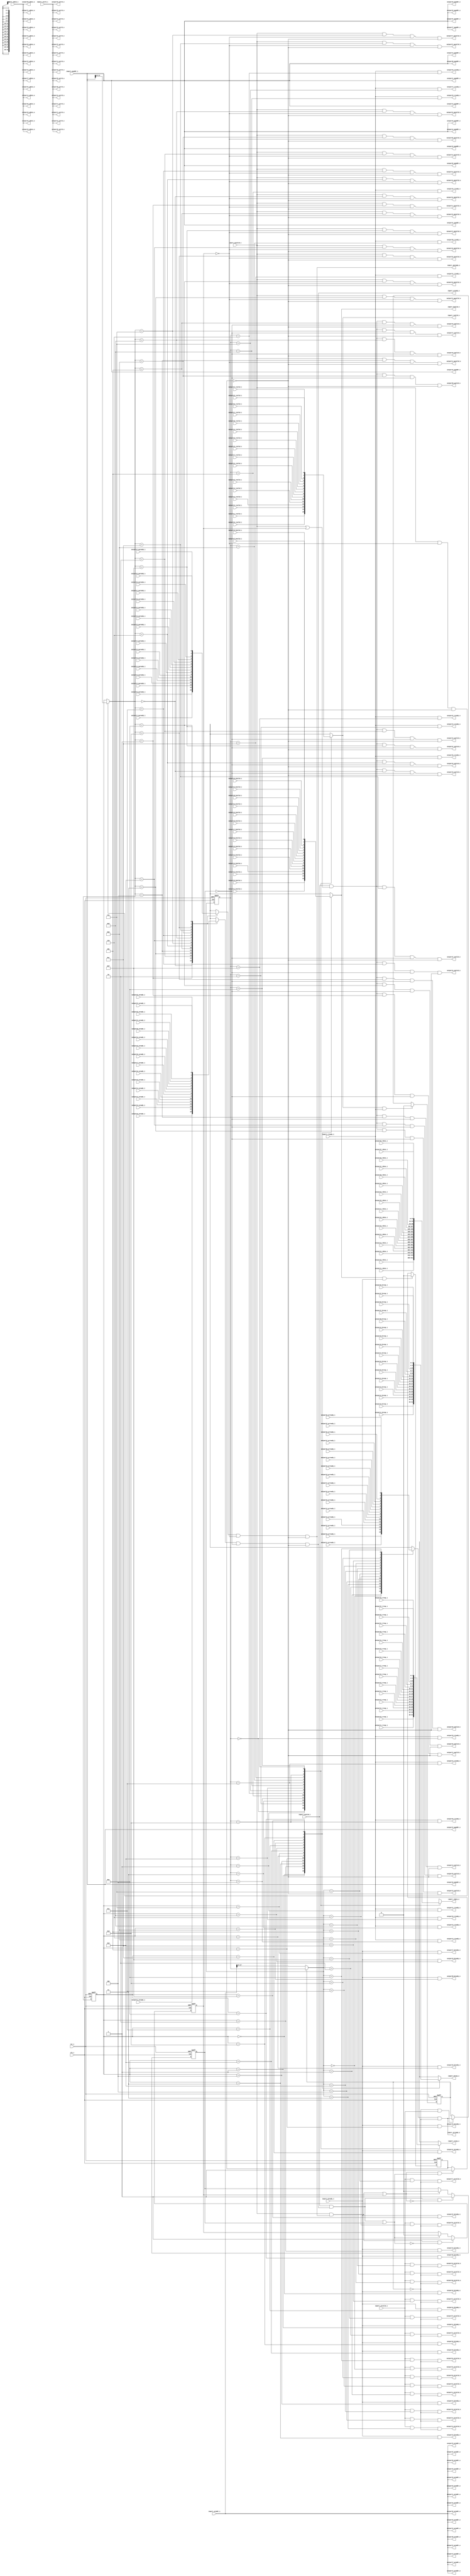
//-----------------------------------------------------------------
//                     Basic Peripheral SoC
//                           V1.1
//                     Ultra-Embedded.com
//                     Copyright 2014-2020
//
//
//                         License: GPL
// If you would like a version with a more permissive license for
// use in closed source commercial applications please contact me
// for details.
//-----------------------------------------------------------------
//
// This file is open source HDL; you can redistribute it and/or 
// modify it under the terms of the GNU General Public License as 
// published by the Free Software Foundation; either version 2 of 
// the License, or (at your option) any later version.
//
// This file is distributed in the hope that it will be useful,
// but WITHOUT ANY WARRANTY; without even the implied warranty of
// MERCHANTABILITY or FITNESS FOR A PARTICULAR PURPOSE.  See the
// GNU General Public License for more details.
//
// You should have received a copy of the GNU General Public 
// License along with this file; if not, write to the Free Software
// Foundation, Inc., 59 Temple Place, Suite 330, Boston, MA 02111-1307
// USA
//-----------------------------------------------------------------

//-----------------------------------------------------------------
//                          Generated File
//-----------------------------------------------------------------

module axi4lite_dist
(
    // Inputs
     input           clk_i
    ,input           rst_i
    ,input           inport_awvalid_i
    ,input  [ 31:0]  inport_awaddr_i
    ,input           inport_wvalid_i
    ,input  [ 31:0]  inport_wdata_i
    ,input  [  3:0]  inport_wstrb_i
    ,input           inport_bready_i
    ,input           inport_arvalid_i
    ,input  [ 31:0]  inport_araddr_i
    ,input           inport_rready_i
    ,input           outport0_awready_i
    ,input           outport0_wready_i
    ,input           outport0_bvalid_i
    ,input  [  1:0]  outport0_bresp_i
    ,input           outport0_arready_i
    ,input           outport0_rvalid_i
    ,input  [ 31:0]  outport0_rdata_i
    ,input  [  1:0]  outport0_rresp_i
    ,input           outport1_awready_i
    ,input           outport1_wready_i
    ,input           outport1_bvalid_i
    ,input  [  1:0]  outport1_bresp_i
    ,input           outport1_arready_i
    ,input           outport1_rvalid_i
    ,input  [ 31:0]  outport1_rdata_i
    ,input  [  1:0]  outport1_rresp_i
    ,input           outport2_awready_i
    ,input           outport2_wready_i
    ,input           outport2_bvalid_i
    ,input  [  1:0]  outport2_bresp_i
    ,input           outport2_arready_i
    ,input           outport2_rvalid_i
    ,input  [ 31:0]  outport2_rdata_i
    ,input  [  1:0]  outport2_rresp_i
    ,input           outport3_awready_i
    ,input           outport3_wready_i
    ,input           outport3_bvalid_i
    ,input  [  1:0]  outport3_bresp_i
    ,input           outport3_arready_i
    ,input           outport3_rvalid_i
    ,input  [ 31:0]  outport3_rdata_i
    ,input  [  1:0]  outport3_rresp_i
    ,input           outport4_awready_i
    ,input           outport4_wready_i
    ,input           outport4_bvalid_i
    ,input  [  1:0]  outport4_bresp_i
    ,input           outport4_arready_i
    ,input           outport4_rvalid_i
    ,input  [ 31:0]  outport4_rdata_i
    ,input  [  1:0]  outport4_rresp_i
    ,input           outport5_awready_i
    ,input           outport5_wready_i
    ,input           outport5_bvalid_i
    ,input  [  1:0]  outport5_bresp_i
    ,input           outport5_arready_i
    ,input           outport5_rvalid_i
    ,input  [ 31:0]  outport5_rdata_i
    ,input  [  1:0]  outport5_rresp_i
    ,input           outport6_awready_i
    ,input           outport6_wready_i
    ,input           outport6_bvalid_i
    ,input  [  1:0]  outport6_bresp_i
    ,input           outport6_arready_i
    ,input           outport6_rvalid_i
    ,input  [ 31:0]  outport6_rdata_i
    ,input  [  1:0]  outport6_rresp_i
    ,input           outport7_awready_i
    ,input           outport7_wready_i
    ,input           outport7_bvalid_i
    ,input  [  1:0]  outport7_bresp_i
    ,input           outport7_arready_i
    ,input           outport7_rvalid_i
    ,input  [ 31:0]  outport7_rdata_i
    ,input  [  1:0]  outport7_rresp_i
    ,input           outport8_awready_i
    ,input           outport8_wready_i
    ,input           outport8_bvalid_i
    ,input  [  1:0]  outport8_bresp_i
    ,input           outport8_arready_i
    ,input           outport8_rvalid_i
    ,input  [ 31:0]  outport8_rdata_i
    ,input  [  1:0]  outport8_rresp_i
    ,input           outport9_awready_i
    ,input           outport9_wready_i
    ,input           outport9_bvalid_i
    ,input  [  1:0]  outport9_bresp_i
    ,input           outport9_arready_i
    ,input           outport9_rvalid_i
    ,input  [ 31:0]  outport9_rdata_i
    ,input  [  1:0]  outport9_rresp_i
    ,input           outportA_awready_i
    ,input           outportA_wready_i
    ,input           outportA_bvalid_i
    ,input  [  1:0]  outportA_bresp_i
    ,input           outportA_arready_i
    ,input           outportA_rvalid_i
    ,input  [ 31:0]  outportA_rdata_i
    ,input  [  1:0]  outportA_rresp_i
    ,input           outportB_awready_i
    ,input           outportB_wready_i
    ,input           outportB_bvalid_i
    ,input  [  1:0]  outportB_bresp_i
    ,input           outportB_arready_i
    ,input           outportB_rvalid_i
    ,input  [ 31:0]  outportB_rdata_i
    ,input  [  1:0]  outportB_rresp_i
    ,input           outportC_awready_i
    ,input           outportC_wready_i
    ,input           outportC_bvalid_i
    ,input  [  1:0]  outportC_bresp_i
    ,input           outportC_arready_i
    ,input           outportC_rvalid_i
    ,input  [ 31:0]  outportC_rdata_i
    ,input  [  1:0]  outportC_rresp_i
    ,input           outportD_awready_i
    ,input           outportD_wready_i
    ,input           outportD_bvalid_i
    ,input  [  1:0]  outportD_bresp_i
    ,input           outportD_arready_i
    ,input           outportD_rvalid_i
    ,input  [ 31:0]  outportD_rdata_i
    ,input  [  1:0]  outportD_rresp_i
    ,input           outportE_awready_i
    ,input           outportE_wready_i
    ,input           outportE_bvalid_i
    ,input  [  1:0]  outportE_bresp_i
    ,input           outportE_arready_i
    ,input           outportE_rvalid_i
    ,input  [ 31:0]  outportE_rdata_i
    ,input  [  1:0]  outportE_rresp_i
    ,input           outportF_awready_i
    ,input           outportF_wready_i
    ,input           outportF_bvalid_i
    ,input  [  1:0]  outportF_bresp_i
    ,input           outportF_arready_i
    ,input           outportF_rvalid_i
    ,input  [ 31:0]  outportF_rdata_i
    ,input  [  1:0]  outportF_rresp_i

    // Outputs
    ,output          inport_awready_o
    ,output          inport_wready_o
    ,output          inport_bvalid_o
    ,output [  1:0]  inport_bresp_o
    ,output          inport_arready_o
    ,output          inport_rvalid_o
    ,output [ 31:0]  inport_rdata_o
    ,output [  1:0]  inport_rresp_o
    ,output          outport0_awvalid_o
    ,output [ 31:0]  outport0_awaddr_o
    ,output          outport0_wvalid_o
    ,output [ 31:0]  outport0_wdata_o
    ,output [  3:0]  outport0_wstrb_o
    ,output          outport0_bready_o
    ,output          outport0_arvalid_o
    ,output [ 31:0]  outport0_araddr_o
    ,output          outport0_rready_o
    ,output          outport1_awvalid_o
    ,output [ 31:0]  outport1_awaddr_o
    ,output          outport1_wvalid_o
    ,output [ 31:0]  outport1_wdata_o
    ,output [  3:0]  outport1_wstrb_o
    ,output          outport1_bready_o
    ,output          outport1_arvalid_o
    ,output [ 31:0]  outport1_araddr_o
    ,output          outport1_rready_o
    ,output          outport2_awvalid_o
    ,output [ 31:0]  outport2_awaddr_o
    ,output          outport2_wvalid_o
    ,output [ 31:0]  outport2_wdata_o
    ,output [  3:0]  outport2_wstrb_o
    ,output          outport2_bready_o
    ,output          outport2_arvalid_o
    ,output [ 31:0]  outport2_araddr_o
    ,output          outport2_rready_o
    ,output          outport3_awvalid_o
    ,output [ 31:0]  outport3_awaddr_o
    ,output          outport3_wvalid_o
    ,output [ 31:0]  outport3_wdata_o
    ,output [  3:0]  outport3_wstrb_o
    ,output          outport3_bready_o
    ,output          outport3_arvalid_o
    ,output [ 31:0]  outport3_araddr_o
    ,output          outport3_rready_o
    ,output          outport4_awvalid_o
    ,output [ 31:0]  outport4_awaddr_o
    ,output          outport4_wvalid_o
    ,output [ 31:0]  outport4_wdata_o
    ,output [  3:0]  outport4_wstrb_o
    ,output          outport4_bready_o
    ,output          outport4_arvalid_o
    ,output [ 31:0]  outport4_araddr_o
    ,output          outport4_rready_o
    ,output          outport5_awvalid_o
    ,output [ 31:0]  outport5_awaddr_o
    ,output          outport5_wvalid_o
    ,output [ 31:0]  outport5_wdata_o
    ,output [  3:0]  outport5_wstrb_o
    ,output          outport5_bready_o
    ,output          outport5_arvalid_o
    ,output [ 31:0]  outport5_araddr_o
    ,output          outport5_rready_o
    ,output          outport6_awvalid_o
    ,output [ 31:0]  outport6_awaddr_o
    ,output          outport6_wvalid_o
    ,output [ 31:0]  outport6_wdata_o
    ,output [  3:0]  outport6_wstrb_o
    ,output          outport6_bready_o
    ,output          outport6_arvalid_o
    ,output [ 31:0]  outport6_araddr_o
    ,output          outport6_rready_o
    ,output          outport7_awvalid_o
    ,output [ 31:0]  outport7_awaddr_o
    ,output          outport7_wvalid_o
    ,output [ 31:0]  outport7_wdata_o
    ,output [  3:0]  outport7_wstrb_o
    ,output          outport7_bready_o
    ,output          outport7_arvalid_o
    ,output [ 31:0]  outport7_araddr_o
    ,output          outport7_rready_o
    ,output          outport8_awvalid_o
    ,output [ 31:0]  outport8_awaddr_o
    ,output          outport8_wvalid_o
    ,output [ 31:0]  outport8_wdata_o
    ,output [  3:0]  outport8_wstrb_o
    ,output          outport8_bready_o
    ,output          outport8_arvalid_o
    ,output [ 31:0]  outport8_araddr_o
    ,output          outport8_rready_o
    ,output          outport9_awvalid_o
    ,output [ 31:0]  outport9_awaddr_o
    ,output          outport9_wvalid_o
    ,output [ 31:0]  outport9_wdata_o
    ,output [  3:0]  outport9_wstrb_o
    ,output          outport9_bready_o
    ,output          outport9_arvalid_o
    ,output [ 31:0]  outport9_araddr_o
    ,output          outport9_rready_o
    ,output          outportA_awvalid_o
    ,output [ 31:0]  outportA_awaddr_o
    ,output          outportA_wvalid_o
    ,output [ 31:0]  outportA_wdata_o
    ,output [  3:0]  outportA_wstrb_o
    ,output          outportA_bready_o
    ,output          outportA_arvalid_o
    ,output [ 31:0]  outportA_araddr_o
    ,output          outportA_rready_o
    ,output          outportB_awvalid_o
    ,output [ 31:0]  outportB_awaddr_o
    ,output          outportB_wvalid_o
    ,output [ 31:0]  outportB_wdata_o
    ,output [  3:0]  outportB_wstrb_o
    ,output          outportB_bready_o
    ,output          outportB_arvalid_o
    ,output [ 31:0]  outportB_araddr_o
    ,output          outportB_rready_o
    ,output          outportC_awvalid_o
    ,output [ 31:0]  outportC_awaddr_o
    ,output          outportC_wvalid_o
    ,output [ 31:0]  outportC_wdata_o
    ,output [  3:0]  outportC_wstrb_o
    ,output          outportC_bready_o
    ,output          outportC_arvalid_o
    ,output [ 31:0]  outportC_araddr_o
    ,output          outportC_rready_o
    ,output          outportD_awvalid_o
    ,output [ 31:0]  outportD_awaddr_o
    ,output          outportD_wvalid_o
    ,output [ 31:0]  outportD_wdata_o
    ,output [  3:0]  outportD_wstrb_o
    ,output          outportD_bready_o
    ,output          outportD_arvalid_o
    ,output [ 31:0]  outportD_araddr_o
    ,output          outportD_rready_o
    ,output          outportE_awvalid_o
    ,output [ 31:0]  outportE_awaddr_o
    ,output          outportE_wvalid_o
    ,output [ 31:0]  outportE_wdata_o
    ,output [  3:0]  outportE_wstrb_o
    ,output          outportE_bready_o
    ,output          outportE_arvalid_o
    ,output [ 31:0]  outportE_araddr_o
    ,output          outportE_rready_o
    ,output          outportF_awvalid_o
    ,output [ 31:0]  outportF_awaddr_o
    ,output          outportF_wvalid_o
    ,output [ 31:0]  outportF_wdata_o
    ,output [  3:0]  outportF_wstrb_o
    ,output          outportF_bready_o
    ,output          outportF_arvalid_o
    ,output [ 31:0]  outportF_araddr_o
    ,output          outportF_rready_o
);



//-----------------------------------------------------------------
// Read Dist
//-----------------------------------------------------------------
reg [3:0] read_sel_r;
reg [3:0] read_sel_q;
reg read_pending_q;
reg read_pending_r;

always @ *
begin
    read_pending_r = read_pending_q;

    // Read response
    if (inport_rvalid_o && inport_rready_i)
        read_pending_r = 1'b0;
    // New request
    else if (!read_pending_r && inport_arvalid_i)
        read_pending_r = inport_arready_o;

    // Address to port selection
    if (!read_pending_q)
        read_sel_r  = inport_araddr_i[27:24];
    else
        read_sel_r  = read_sel_q;
end

always @ (posedge clk_i or posedge rst_i)
if (rst_i)
begin
    read_sel_q      <= 4'b0;
    read_pending_q  <= 1'b0;
end
else
begin
    read_sel_q      <= read_sel_r;
    read_pending_q  <= read_pending_r;
end

//-----------------------------------------------------------------
// Read Request
//-----------------------------------------------------------------
assign outport0_arvalid_o =  inport_arvalid_i && (read_sel_r == 4'h0) && !read_pending_q;
assign outport0_araddr_o  =  inport_araddr_i;
assign outport1_arvalid_o =  inport_arvalid_i && (read_sel_r == 4'h1) && !read_pending_q;
assign outport1_araddr_o  =  inport_araddr_i;
assign outport2_arvalid_o =  inport_arvalid_i && (read_sel_r == 4'h2) && !read_pending_q;
assign outport2_araddr_o  =  inport_araddr_i;
assign outport3_arvalid_o =  inport_arvalid_i && (read_sel_r == 4'h3) && !read_pending_q;
assign outport3_araddr_o  =  inport_araddr_i;
assign outport4_arvalid_o =  inport_arvalid_i && (read_sel_r == 4'h4) && !read_pending_q;
assign outport4_araddr_o  =  inport_araddr_i;
assign outport5_arvalid_o =  inport_arvalid_i && (read_sel_r == 4'h5) && !read_pending_q;
assign outport5_araddr_o  =  inport_araddr_i;
assign outport6_arvalid_o =  inport_arvalid_i && (read_sel_r == 4'h6) && !read_pending_q;
assign outport6_araddr_o  =  inport_araddr_i;
assign outport7_arvalid_o =  inport_arvalid_i && (read_sel_r == 4'h7) && !read_pending_q;
assign outport7_araddr_o  =  inport_araddr_i;
assign outport8_arvalid_o =  inport_arvalid_i && (read_sel_r == 4'h8) && !read_pending_q;
assign outport8_araddr_o  =  inport_araddr_i;
assign outport9_arvalid_o =  inport_arvalid_i && (read_sel_r == 4'h9) && !read_pending_q;
assign outport9_araddr_o  =  inport_araddr_i;
assign outportA_arvalid_o =  inport_arvalid_i && (read_sel_r == 4'hA) && !read_pending_q;
assign outportA_araddr_o  =  inport_araddr_i;
assign outportB_arvalid_o =  inport_arvalid_i && (read_sel_r == 4'hB) && !read_pending_q;
assign outportB_araddr_o  =  inport_araddr_i;
assign outportC_arvalid_o =  inport_arvalid_i && (read_sel_r == 4'hC) && !read_pending_q;
assign outportC_araddr_o  =  inport_araddr_i;
assign outportD_arvalid_o =  inport_arvalid_i && (read_sel_r == 4'hD) && !read_pending_q;
assign outportD_araddr_o  =  inport_araddr_i;
assign outportE_arvalid_o =  inport_arvalid_i && (read_sel_r == 4'hE) && !read_pending_q;
assign outportE_araddr_o  =  inport_araddr_i;
assign outportF_arvalid_o =  inport_arvalid_i && (read_sel_r == 4'hF) && !read_pending_q;
assign outportF_araddr_o  =  inport_araddr_i;

//-----------------------------------------------------------------
// Read Request Accept
//-----------------------------------------------------------------
reg inport_arready_r;

always @ *
begin
    inport_arready_r  = 1'b0;

    case (read_sel_r)
    4'h0:
        inport_arready_r = outport0_arready_i;
    4'h1:
        inport_arready_r = outport1_arready_i;
    4'h2:
        inport_arready_r = outport2_arready_i;
    4'h3:
        inport_arready_r = outport3_arready_i;
    4'h4:
        inport_arready_r = outport4_arready_i;
    4'h5:
        inport_arready_r = outport5_arready_i;
    4'h6:
        inport_arready_r = outport6_arready_i;
    4'h7:
        inport_arready_r = outport7_arready_i;
    4'h8:
        inport_arready_r = outport8_arready_i;
    4'h9:
        inport_arready_r = outport9_arready_i;
    4'hA:
        inport_arready_r = outportA_arready_i;
    4'hB:
        inport_arready_r = outportB_arready_i;
    4'hC:
        inport_arready_r = outportC_arready_i;
    4'hD:
        inport_arready_r = outportD_arready_i;
    4'hE:
        inport_arready_r = outportE_arready_i;
    4'hF:
        inport_arready_r = outportF_arready_i;
    default :
        ;
    endcase
end

assign inport_arready_o = inport_arready_r && !read_pending_q;

//-----------------------------------------------------------------
// Read Response
//-----------------------------------------------------------------
reg        inport_rvalid_r;
reg [31:0] inport_rdata_r;
reg [1:0]  inport_rresp_r;

always @ *
begin
    inport_rvalid_r  = 1'b0;
    inport_rdata_r   = 32'b0;
    inport_rresp_r   = 2'b0;

    case (read_sel_q)
    4'h0:
    begin
        inport_rvalid_r = outport0_rvalid_i;
        inport_rdata_r  = outport0_rdata_i;
        inport_rresp_r  = outport0_rresp_i;
    end
    4'h1:
    begin
        inport_rvalid_r = outport1_rvalid_i;
        inport_rdata_r  = outport1_rdata_i;
        inport_rresp_r  = outport1_rresp_i;
    end
    4'h2:
    begin
        inport_rvalid_r = outport2_rvalid_i;
        inport_rdata_r  = outport2_rdata_i;
        inport_rresp_r  = outport2_rresp_i;
    end
    4'h3:
    begin
        inport_rvalid_r = outport3_rvalid_i;
        inport_rdata_r  = outport3_rdata_i;
        inport_rresp_r  = outport3_rresp_i;
    end
    4'h4:
    begin
        inport_rvalid_r = outport4_rvalid_i;
        inport_rdata_r  = outport4_rdata_i;
        inport_rresp_r  = outport4_rresp_i;
    end
    4'h5:
    begin
        inport_rvalid_r = outport5_rvalid_i;
        inport_rdata_r  = outport5_rdata_i;
        inport_rresp_r  = outport5_rresp_i;
    end
    4'h6:
    begin
        inport_rvalid_r = outport6_rvalid_i;
        inport_rdata_r  = outport6_rdata_i;
        inport_rresp_r  = outport6_rresp_i;
    end
    4'h7:
    begin
        inport_rvalid_r = outport7_rvalid_i;
        inport_rdata_r  = outport7_rdata_i;
        inport_rresp_r  = outport7_rresp_i;
    end
    4'h8:
    begin
        inport_rvalid_r = outport8_rvalid_i;
        inport_rdata_r  = outport8_rdata_i;
        inport_rresp_r  = outport8_rresp_i;
    end
    4'h9:
    begin
        inport_rvalid_r = outport9_rvalid_i;
        inport_rdata_r  = outport9_rdata_i;
        inport_rresp_r  = outport9_rresp_i;
    end
    4'hA:
    begin
        inport_rvalid_r = outportA_rvalid_i;
        inport_rdata_r  = outportA_rdata_i;
        inport_rresp_r  = outportA_rresp_i;
    end
    4'hB:
    begin
        inport_rvalid_r = outportB_rvalid_i;
        inport_rdata_r  = outportB_rdata_i;
        inport_rresp_r  = outportB_rresp_i;
    end
    4'hC:
    begin
        inport_rvalid_r = outportC_rvalid_i;
        inport_rdata_r  = outportC_rdata_i;
        inport_rresp_r  = outportC_rresp_i;
    end
    4'hD:
    begin
        inport_rvalid_r = outportD_rvalid_i;
        inport_rdata_r  = outportD_rdata_i;
        inport_rresp_r  = outportD_rresp_i;
    end
    4'hE:
    begin
        inport_rvalid_r = outportE_rvalid_i;
        inport_rdata_r  = outportE_rdata_i;
        inport_rresp_r  = outportE_rresp_i;
    end
    4'hF:
    begin
        inport_rvalid_r = outportF_rvalid_i;
        inport_rdata_r  = outportF_rdata_i;
        inport_rresp_r  = outportF_rresp_i;
    end
    default :
        ;
    endcase
end

assign inport_rvalid_o = inport_rvalid_r;
assign inport_rdata_o  = inport_rdata_r;
assign inport_rresp_o  = inport_rresp_r;

//-----------------------------------------------------------------
// Read Response accept
//-----------------------------------------------------------------
assign outport0_rready_o = inport_rready_i && (read_sel_q == 4'h0);
assign outport1_rready_o = inport_rready_i && (read_sel_q == 4'h1);
assign outport2_rready_o = inport_rready_i && (read_sel_q == 4'h2);
assign outport3_rready_o = inport_rready_i && (read_sel_q == 4'h3);
assign outport4_rready_o = inport_rready_i && (read_sel_q == 4'h4);
assign outport5_rready_o = inport_rready_i && (read_sel_q == 4'h5);
assign outport6_rready_o = inport_rready_i && (read_sel_q == 4'h6);
assign outport7_rready_o = inport_rready_i && (read_sel_q == 4'h7);
assign outport8_rready_o = inport_rready_i && (read_sel_q == 4'h8);
assign outport9_rready_o = inport_rready_i && (read_sel_q == 4'h9);
assign outportA_rready_o = inport_rready_i && (read_sel_q == 4'hA);
assign outportB_rready_o = inport_rready_i && (read_sel_q == 4'hB);
assign outportC_rready_o = inport_rready_i && (read_sel_q == 4'hC);
assign outportD_rready_o = inport_rready_i && (read_sel_q == 4'hD);
assign outportE_rready_o = inport_rready_i && (read_sel_q == 4'hE);
assign outportF_rready_o = inport_rready_i && (read_sel_q == 4'hF);

//-----------------------------------------------------------------
// Write command tracking
//-----------------------------------------------------------------
reg  awvalid_q;
reg  wvalid_q;
wire wr_cmd_accepted_w  = (inport_awvalid_i && inport_awready_o) || awvalid_q;
wire wr_data_accepted_w = (inport_wvalid_i  && inport_wready_o)  || wvalid_q;

reg awvalid_r;

always @ *
begin
    awvalid_r   = awvalid_q;

    // Address ready, data not ready
    if (inport_awvalid_i && inport_awready_o && !wr_data_accepted_w)
        awvalid_r = 1'b1;
    else if (wr_data_accepted_w)
        awvalid_r = 1'b0;
end

always @ (posedge clk_i or posedge rst_i)
if (rst_i)
    awvalid_q   <= 1'b0;
else
    awvalid_q   <= awvalid_r;

//-----------------------------------------------------------------
// Write data tracking
//-----------------------------------------------------------------
reg wvalid_r;

always @ *
begin
    wvalid_r   = wvalid_q;

    // Data ready, address not ready
    if (inport_wvalid_i && inport_wready_o && !wr_cmd_accepted_w)
        wvalid_r = 1'b1;
    else if (wr_cmd_accepted_w)
        wvalid_r = 1'b0;
end

always @ (posedge clk_i or posedge rst_i)
if (rst_i)
    wvalid_q   <= 1'b0;
else
    wvalid_q   <= wvalid_r;

//-----------------------------------------------------------------
// Write Dist
//-----------------------------------------------------------------
reg [3:0] write_sel_r;
reg [3:0] write_sel_q;
reg write_pending_q;
reg write_pending_r;

always @ *
begin
    write_pending_r  = write_pending_q;
    write_sel_r      = write_sel_q;

    // Write response
    if (inport_bvalid_o && inport_bready_i)
        write_pending_r = 1'b0;
    // New request - both command and data accepted
    else if (wr_cmd_accepted_w && wr_data_accepted_w)
        write_pending_r = 1'b1;

    // New request - latch address to port selection
    if (inport_awvalid_i && !awvalid_q && !write_pending_q)
        write_sel_r     = inport_awaddr_i[27:24];
end

always @ (posedge clk_i or posedge rst_i)
if (rst_i)
begin
    write_sel_q      <= 4'b0;
    write_pending_q  <= 1'b0;
end
else
begin
    write_sel_q      <= write_sel_r;
    write_pending_q  <= write_pending_r;
end

//-----------------------------------------------------------------
// Write Request
//-----------------------------------------------------------------
assign outport0_awvalid_o =  inport_awvalid_i && (write_sel_r == 4'h0) && !awvalid_q && !write_pending_q;
assign outport0_awaddr_o  =  inport_awaddr_i;
assign outport0_wvalid_o  =  inport_wvalid_i && (inport_awvalid_i || awvalid_q) && (write_sel_r == 4'h0) && !wvalid_q && !write_pending_q;
assign outport0_wdata_o   =  inport_wdata_i;
assign outport0_wstrb_o   =  inport_wstrb_i;
assign outport1_awvalid_o =  inport_awvalid_i && (write_sel_r == 4'h1) && !awvalid_q && !write_pending_q;
assign outport1_awaddr_o  =  inport_awaddr_i;
assign outport1_wvalid_o  =  inport_wvalid_i && (inport_awvalid_i || awvalid_q) && (write_sel_r == 4'h1) && !wvalid_q && !write_pending_q;
assign outport1_wdata_o   =  inport_wdata_i;
assign outport1_wstrb_o   =  inport_wstrb_i;
assign outport2_awvalid_o =  inport_awvalid_i && (write_sel_r == 4'h2) && !awvalid_q && !write_pending_q;
assign outport2_awaddr_o  =  inport_awaddr_i;
assign outport2_wvalid_o  =  inport_wvalid_i && (inport_awvalid_i || awvalid_q) && (write_sel_r == 4'h2) && !wvalid_q && !write_pending_q;
assign outport2_wdata_o   =  inport_wdata_i;
assign outport2_wstrb_o   =  inport_wstrb_i;
assign outport3_awvalid_o =  inport_awvalid_i && (write_sel_r == 4'h3) && !awvalid_q && !write_pending_q;
assign outport3_awaddr_o  =  inport_awaddr_i;
assign outport3_wvalid_o  =  inport_wvalid_i && (inport_awvalid_i || awvalid_q) && (write_sel_r == 4'h3) && !wvalid_q && !write_pending_q;
assign outport3_wdata_o   =  inport_wdata_i;
assign outport3_wstrb_o   =  inport_wstrb_i;
assign outport4_awvalid_o =  inport_awvalid_i && (write_sel_r == 4'h4) && !awvalid_q && !write_pending_q;
assign outport4_awaddr_o  =  inport_awaddr_i;
assign outport4_wvalid_o  =  inport_wvalid_i && (inport_awvalid_i || awvalid_q) && (write_sel_r == 4'h4) && !wvalid_q && !write_pending_q;
assign outport4_wdata_o   =  inport_wdata_i;
assign outport4_wstrb_o   =  inport_wstrb_i;
assign outport5_awvalid_o =  inport_awvalid_i && (write_sel_r == 4'h5) && !awvalid_q && !write_pending_q;
assign outport5_awaddr_o  =  inport_awaddr_i;
assign outport5_wvalid_o  =  inport_wvalid_i && (inport_awvalid_i || awvalid_q) && (write_sel_r == 4'h5) && !wvalid_q && !write_pending_q;
assign outport5_wdata_o   =  inport_wdata_i;
assign outport5_wstrb_o   =  inport_wstrb_i;
assign outport6_awvalid_o =  inport_awvalid_i && (write_sel_r == 4'h6) && !awvalid_q && !write_pending_q;
assign outport6_awaddr_o  =  inport_awaddr_i;
assign outport6_wvalid_o  =  inport_wvalid_i && (inport_awvalid_i || awvalid_q) && (write_sel_r == 4'h6) && !wvalid_q && !write_pending_q;
assign outport6_wdata_o   =  inport_wdata_i;
assign outport6_wstrb_o   =  inport_wstrb_i;
assign outport7_awvalid_o =  inport_awvalid_i && (write_sel_r == 4'h7) && !awvalid_q && !write_pending_q;
assign outport7_awaddr_o  =  inport_awaddr_i;
assign outport7_wvalid_o  =  inport_wvalid_i && (inport_awvalid_i || awvalid_q) && (write_sel_r == 4'h7) && !wvalid_q && !write_pending_q;
assign outport7_wdata_o   =  inport_wdata_i;
assign outport7_wstrb_o   =  inport_wstrb_i;
assign outport8_awvalid_o =  inport_awvalid_i && (write_sel_r == 4'h8) && !awvalid_q && !write_pending_q;
assign outport8_awaddr_o  =  inport_awaddr_i;
assign outport8_wvalid_o  =  inport_wvalid_i && (inport_awvalid_i || awvalid_q) && (write_sel_r == 4'h8) && !wvalid_q && !write_pending_q;
assign outport8_wdata_o   =  inport_wdata_i;
assign outport8_wstrb_o   =  inport_wstrb_i;
assign outport9_awvalid_o =  inport_awvalid_i && (write_sel_r == 4'h9) && !awvalid_q && !write_pending_q;
assign outport9_awaddr_o  =  inport_awaddr_i;
assign outport9_wvalid_o  =  inport_wvalid_i && (inport_awvalid_i || awvalid_q) && (write_sel_r == 4'h9) && !wvalid_q && !write_pending_q;
assign outport9_wdata_o   =  inport_wdata_i;
assign outport9_wstrb_o   =  inport_wstrb_i;
assign outportA_awvalid_o =  inport_awvalid_i && (write_sel_r == 4'hA) && !awvalid_q && !write_pending_q;
assign outportA_awaddr_o  =  inport_awaddr_i;
assign outportA_wvalid_o  =  inport_wvalid_i && (inport_awvalid_i || awvalid_q) && (write_sel_r == 4'hA) && !wvalid_q && !write_pending_q;
assign outportA_wdata_o   =  inport_wdata_i;
assign outportA_wstrb_o   =  inport_wstrb_i;
assign outportB_awvalid_o =  inport_awvalid_i && (write_sel_r == 4'hB) && !awvalid_q && !write_pending_q;
assign outportB_awaddr_o  =  inport_awaddr_i;
assign outportB_wvalid_o  =  inport_wvalid_i && (inport_awvalid_i || awvalid_q) && (write_sel_r == 4'hB) && !wvalid_q && !write_pending_q;
assign outportB_wdata_o   =  inport_wdata_i;
assign outportB_wstrb_o   =  inport_wstrb_i;
assign outportC_awvalid_o =  inport_awvalid_i && (write_sel_r == 4'hC) && !awvalid_q && !write_pending_q;
assign outportC_awaddr_o  =  inport_awaddr_i;
assign outportC_wvalid_o  =  inport_wvalid_i && (inport_awvalid_i || awvalid_q) && (write_sel_r == 4'hC) && !wvalid_q && !write_pending_q;
assign outportC_wdata_o   =  inport_wdata_i;
assign outportC_wstrb_o   =  inport_wstrb_i;
assign outportD_awvalid_o =  inport_awvalid_i && (write_sel_r == 4'hD) && !awvalid_q && !write_pending_q;
assign outportD_awaddr_o  =  inport_awaddr_i;
assign outportD_wvalid_o  =  inport_wvalid_i && (inport_awvalid_i || awvalid_q) && (write_sel_r == 4'hD) && !wvalid_q && !write_pending_q;
assign outportD_wdata_o   =  inport_wdata_i;
assign outportD_wstrb_o   =  inport_wstrb_i;
assign outportE_awvalid_o =  inport_awvalid_i && (write_sel_r == 4'hE) && !awvalid_q && !write_pending_q;
assign outportE_awaddr_o  =  inport_awaddr_i;
assign outportE_wvalid_o  =  inport_wvalid_i && (inport_awvalid_i || awvalid_q) && (write_sel_r == 4'hE) && !wvalid_q && !write_pending_q;
assign outportE_wdata_o   =  inport_wdata_i;
assign outportE_wstrb_o   =  inport_wstrb_i;
assign outportF_awvalid_o =  inport_awvalid_i && (write_sel_r == 4'hF) && !awvalid_q && !write_pending_q;
assign outportF_awaddr_o  =  inport_awaddr_i;
assign outportF_wvalid_o  =  inport_wvalid_i && (inport_awvalid_i || awvalid_q) && (write_sel_r == 4'hF) && !wvalid_q && !write_pending_q;
assign outportF_wdata_o   =  inport_wdata_i;
assign outportF_wstrb_o   =  inport_wstrb_i;

//-----------------------------------------------------------------
// Write Request Accept
//-----------------------------------------------------------------
reg inport_awready_r;
reg inport_wready_r;

always @ *
begin
    inport_awready_r  = 1'b0;
    inport_wready_r   = 1'b0;

    case (write_sel_r)
    4'h0:
    begin
        inport_awready_r = outport0_awready_i;
        inport_wready_r  = outport0_wready_i;
    end
    4'h1:
    begin
        inport_awready_r = outport1_awready_i;
        inport_wready_r  = outport1_wready_i;
    end
    4'h2:
    begin
        inport_awready_r = outport2_awready_i;
        inport_wready_r  = outport2_wready_i;
    end
    4'h3:
    begin
        inport_awready_r = outport3_awready_i;
        inport_wready_r  = outport3_wready_i;
    end
    4'h4:
    begin
        inport_awready_r = outport4_awready_i;
        inport_wready_r  = outport4_wready_i;
    end
    4'h5:
    begin
        inport_awready_r = outport5_awready_i;
        inport_wready_r  = outport5_wready_i;
    end
    4'h6:
    begin
        inport_awready_r = outport6_awready_i;
        inport_wready_r  = outport6_wready_i;
    end
    4'h7:
    begin
        inport_awready_r = outport7_awready_i;
        inport_wready_r  = outport7_wready_i;
    end
    4'h8:
    begin
        inport_awready_r = outport8_awready_i;
        inport_wready_r  = outport8_wready_i;
    end
    4'h9:
    begin
        inport_awready_r = outport9_awready_i;
        inport_wready_r  = outport9_wready_i;
    end
    4'hA:
    begin
        inport_awready_r = outportA_awready_i;
        inport_wready_r  = outportA_wready_i;
    end
    4'hB:
    begin
        inport_awready_r = outportB_awready_i;
        inport_wready_r  = outportB_wready_i;
    end
    4'hC:
    begin
        inport_awready_r = outportC_awready_i;
        inport_wready_r  = outportC_wready_i;
    end
    4'hD:
    begin
        inport_awready_r = outportD_awready_i;
        inport_wready_r  = outportD_wready_i;
    end
    4'hE:
    begin
        inport_awready_r = outportE_awready_i;
        inport_wready_r  = outportE_wready_i;
    end
    4'hF:
    begin
        inport_awready_r = outportF_awready_i;
        inport_wready_r  = outportF_wready_i;
    end
    default :
        ;
    endcase
end

assign inport_awready_o = inport_awready_r && !awvalid_q && !write_pending_q;
assign inport_wready_o  = inport_wready_r  && !wvalid_q  && !write_pending_q;

//-----------------------------------------------------------------
// Write Response
//-----------------------------------------------------------------
reg        inport_bvalid_r;
reg [1:0]  inport_bresp_r;

always @ *
begin
    inport_bvalid_r  = 1'b0;
    inport_bresp_r   = 2'b0;

    case (write_sel_q)
    4'h0:
    begin
        inport_bvalid_r = outport0_bvalid_i;
        inport_bresp_r  = outport0_bresp_i;
    end
    4'h1:
    begin
        inport_bvalid_r = outport1_bvalid_i;
        inport_bresp_r  = outport1_bresp_i;
    end
    4'h2:
    begin
        inport_bvalid_r = outport2_bvalid_i;
        inport_bresp_r  = outport2_bresp_i;
    end
    4'h3:
    begin
        inport_bvalid_r = outport3_bvalid_i;
        inport_bresp_r  = outport3_bresp_i;
    end
    4'h4:
    begin
        inport_bvalid_r = outport4_bvalid_i;
        inport_bresp_r  = outport4_bresp_i;
    end
    4'h5:
    begin
        inport_bvalid_r = outport5_bvalid_i;
        inport_bresp_r  = outport5_bresp_i;
    end
    4'h6:
    begin
        inport_bvalid_r = outport6_bvalid_i;
        inport_bresp_r  = outport6_bresp_i;
    end
    4'h7:
    begin
        inport_bvalid_r = outport7_bvalid_i;
        inport_bresp_r  = outport7_bresp_i;
    end
    4'h8:
    begin
        inport_bvalid_r = outport8_bvalid_i;
        inport_bresp_r  = outport8_bresp_i;
    end
    4'h9:
    begin
        inport_bvalid_r = outport9_bvalid_i;
        inport_bresp_r  = outport9_bresp_i;
    end
    4'hA:
    begin
        inport_bvalid_r = outportA_bvalid_i;
        inport_bresp_r  = outportA_bresp_i;
    end
    4'hB:
    begin
        inport_bvalid_r = outportB_bvalid_i;
        inport_bresp_r  = outportB_bresp_i;
    end
    4'hC:
    begin
        inport_bvalid_r = outportC_bvalid_i;
        inport_bresp_r  = outportC_bresp_i;
    end
    4'hD:
    begin
        inport_bvalid_r = outportD_bvalid_i;
        inport_bresp_r  = outportD_bresp_i;
    end
    4'hE:
    begin
        inport_bvalid_r = outportE_bvalid_i;
        inport_bresp_r  = outportE_bresp_i;
    end
    4'hF:
    begin
        inport_bvalid_r = outportF_bvalid_i;
        inport_bresp_r  = outportF_bresp_i;
    end
    default :
        ;
    endcase
end

assign inport_bvalid_o = inport_bvalid_r;
assign inport_bresp_o  = inport_bresp_r;

//-----------------------------------------------------------------
// Write Response accept
//-----------------------------------------------------------------
assign outport0_bready_o = inport_bready_i && (write_sel_q == 4'h0);
assign outport1_bready_o = inport_bready_i && (write_sel_q == 4'h1);
assign outport2_bready_o = inport_bready_i && (write_sel_q == 4'h2);
assign outport3_bready_o = inport_bready_i && (write_sel_q == 4'h3);
assign outport4_bready_o = inport_bready_i && (write_sel_q == 4'h4);
assign outport5_bready_o = inport_bready_i && (write_sel_q == 4'h5);
assign outport6_bready_o = inport_bready_i && (write_sel_q == 4'h6);
assign outport7_bready_o = inport_bready_i && (write_sel_q == 4'h7);
assign outport8_bready_o = inport_bready_i && (write_sel_q == 4'h8);
assign outport9_bready_o = inport_bready_i && (write_sel_q == 4'h9);
assign outportA_bready_o = inport_bready_i && (write_sel_q == 4'hA);
assign outportB_bready_o = inport_bready_i && (write_sel_q == 4'hB);
assign outportC_bready_o = inport_bready_i && (write_sel_q == 4'hC);
assign outportD_bready_o = inport_bready_i && (write_sel_q == 4'hD);
assign outportE_bready_o = inport_bready_i && (write_sel_q == 4'hE);
assign outportF_bready_o = inport_bready_i && (write_sel_q == 4'hF);



endmodule